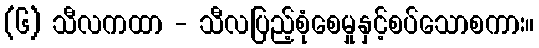
(၆) သီလကထာ - သီလပြည့်စုံစေမှုနှင့်စပ်သောစကား။